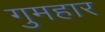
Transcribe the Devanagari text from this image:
गुमहार